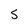
Character: 5